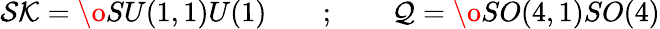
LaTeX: {\cal SK}={\o{SU(1,1)}{U(1)}}\quad\quad;\quad\quad{\cal Q}={\o{SO(4,1)}{SO(4)}}